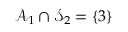
\mathcal { A } _ { 1 } \cap \mathcal { S } _ { 2 } = \{ 3 \}